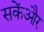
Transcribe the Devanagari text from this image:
सकेंऔर